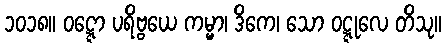
၁၀၁၈။ ဝဋ္ဋော ပရိဗ္ဗယေ ကမ္မာ၊ ဒိကေ၊ သော ဝဋ္ဋုလေ တိသု။